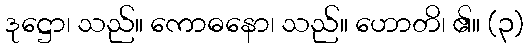
ဒုဋ္ဌော၊ သည်။ ကောဓနော၊ သည်။ ဟောတိ၊ ၏။ (၃)